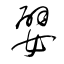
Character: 嬖